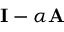
{ \bf I } - \alpha { \bf A }